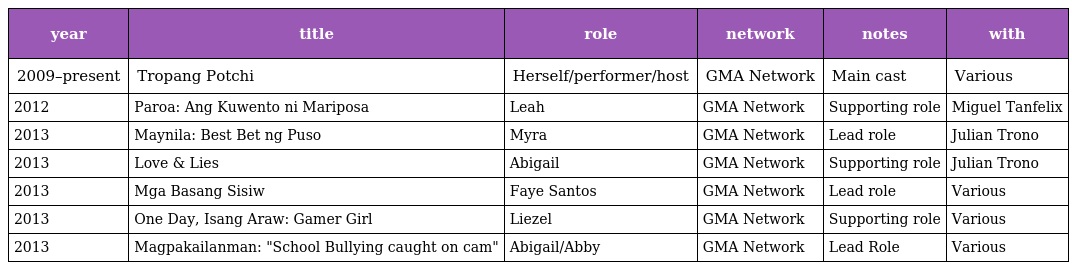
| year | title | role | network | notes | with |
 | --- | --- | --- | --- | --- | --- |
 | 2009–present | Tropang Potchi | Herself/performer/host | GMA Network | Main cast | Various |
 | 2012 | Paroa: Ang Kuwento ni Mariposa | Leah | GMA Network | Supporting role | Miguel Tanfelix |
 | 2013 | Maynila: Best Bet ng Puso | Myra | GMA Network | Lead role | Julian Trono |
 | 2013 | Love & Lies | Abigail | GMA Network | Supporting role | Julian Trono |
 | 2013 | Mga Basang Sisiw | Faye Santos | GMA Network | Lead role | Various |
 | 2013 | One Day, Isang Araw: Gamer Girl | Liezel | GMA Network | Supporting role | Various |
 | 2013 | Magpakailanman: "School Bullying caught on cam" | Abigail/Abby | GMA Network | Lead Role | Various |